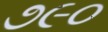
૭૯૦